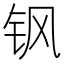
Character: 𮷻